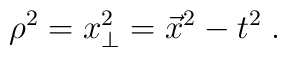
\rho^2 = x_{\perp}^2 = \vec{x}^2 - t^2 \; .